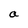
Character: a